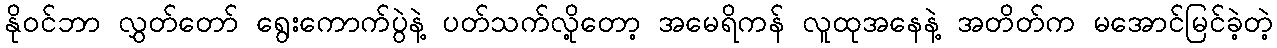
နိုဝင်ဘာ လွှတ်တော် ရွေးကောက်ပွဲနဲ့ ပတ်သက်လို့တော့ အမေရိကန် လူထုအနေနဲ့ အတိတ်က မအောင်မြင်ခဲ့တဲ့